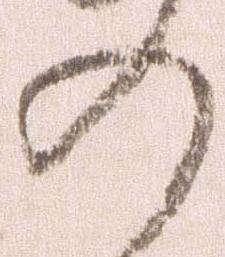
の